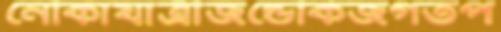
নৌকাযাত্রীজন্ডেকিজগতপ